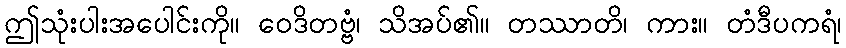
ဤသုံးပါးအပေါင်းကို။ ဝေဒိတဗ္ဗံ၊ သိအပ်၏။ တဿာတိ၊ ကား။ တံဒီပကရံ၊